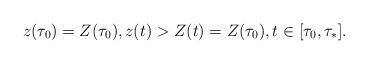
LaTeX: \begin{align*}z(\tau_0)=Z(\tau_0),z(t)>Z(t)=Z(\tau_0),t\in[\tau_0,\tau_*].\end{align*}